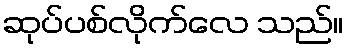
ဆုပ်ပစ်လိုက်လေ သည်။